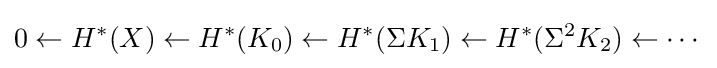
0\leftarrow H^{*}(X)\leftarrow H^{*}(K_{0})\leftarrow H^{*}(\Sigma K_{1})\leftarrow H^{*}(\Sigma ^{2}K_{2})\leftarrow \cdots